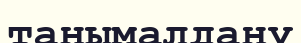
танымалдану